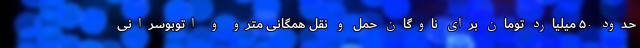
حدود ۵۰ میلیارد تومان برای ناوگان حمل و نقل همگانی مترو و اتوبوسرانی